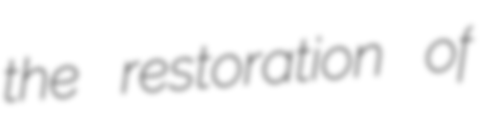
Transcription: the restoration of